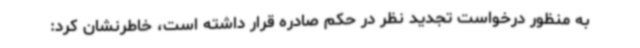
به منظور درخواست تجدید نظر در حکم صادره قرار داشته است، خاطرنشان کرد: